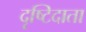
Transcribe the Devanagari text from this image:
दृष्टिदाता